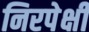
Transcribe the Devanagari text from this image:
निरपेक्षी